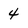
Character: 4